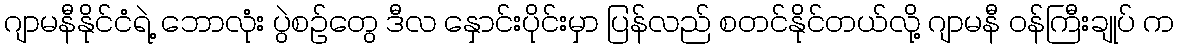
ဂျာမနီနိုင်ငံရဲ့ ဘောလုံး ပွဲစဉ်တွေ ဒီလ နှောင်းပိုင်းမှာ ပြန်လည် စတင်နိုင်တယ်လို့ ဂျာမနီ ဝန်ကြီးချုပ် က